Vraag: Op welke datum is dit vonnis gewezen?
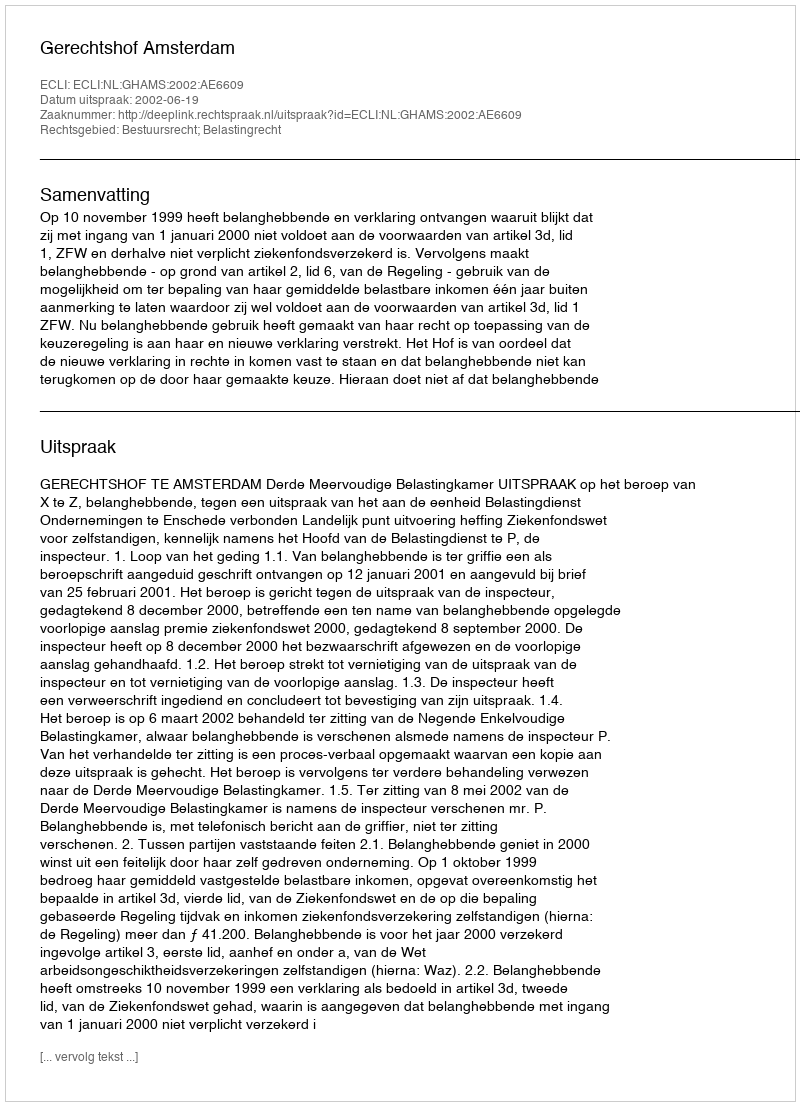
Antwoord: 2002-06-19